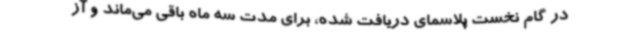
در گام نخست پلاسمای دریافت شده، برای مدت سه ماه باقی می‌ماند و آز